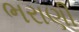
ભરાણી